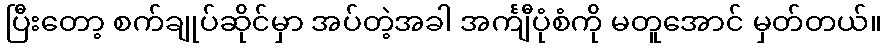
ပြီးတော့ စက်ချုပ်ဆိုင်မှာ အပ်တဲ့အခါ အင်္ကျီပုံစံကို မတူအောင် မှတ်တယ်။